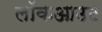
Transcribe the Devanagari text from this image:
लॉकआउट